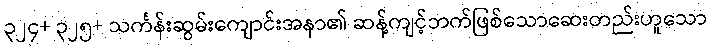
၃၂၄+ ၃၂၅+ သင်္ကန်းဆွမ်းကျောင်းအနာ၏ ဆန့်ကျင့်ဘက်ဖြစ်သောဆေးတည်းဟူသော